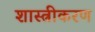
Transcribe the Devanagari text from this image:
शास्त्रीकरण